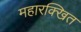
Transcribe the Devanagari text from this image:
महारक्खित